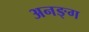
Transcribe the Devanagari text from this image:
अनङ्‌ग